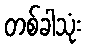
တစ်ခါသုံး